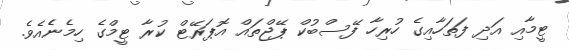
ޓީމާއި އަދި ފަތަހާއިގެ ހުރިހާ ފޭސްބުކް ޕޭޖްތައް އޮޕަރޭޓް ކުރާ ޓީމްގެ ހިމެނެެއެވެ.